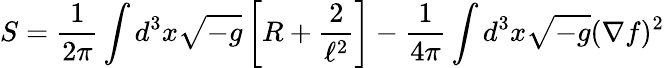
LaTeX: S=\frac{1}{2\pi}\int d^{3}x\sqrt{-g}\left[R+\frac{2}{\ell^{2}}\right]-\frac{1}{4\pi}\int d^{3}x\sqrt{-g}(\nabla f)^{2}